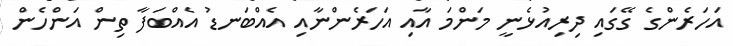
އަހަރެންގެ ގޭގައި ދިރިއުޅެނީ މަންމަ އާއި އަހަރެންނާއި އެއްބަނޑު އެއްބަފާ ތިން އަންހެން